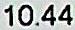
10.44